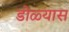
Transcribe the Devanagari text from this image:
डोळ्यास